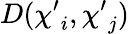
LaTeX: D({\mathbf\chi^{\prime}}_{i},{\mathbf\chi^{\prime}}_{j})